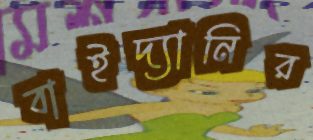
বাইদ্যানির